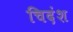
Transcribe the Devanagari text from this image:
चिदंश